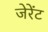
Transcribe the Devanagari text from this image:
जेरेंट